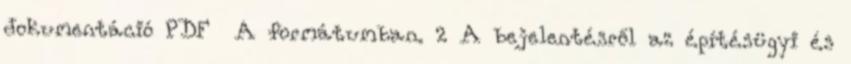
dokumentáció PDF A formátumban. 2 A bejelentésről az építésügyi és